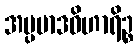
အပ္ပမာဒဝိဟာရိဉ္စ